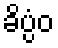
ခိပ္ပံဝ